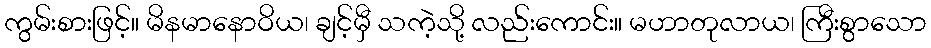
ကွမ်းစားဖြင့်။ မိနမာနောဝိယ၊ ချင့်မှီ သကဲ့သို့ လည်းကောင်း။ မဟာတုလာယ၊ ကြီးစွာသော